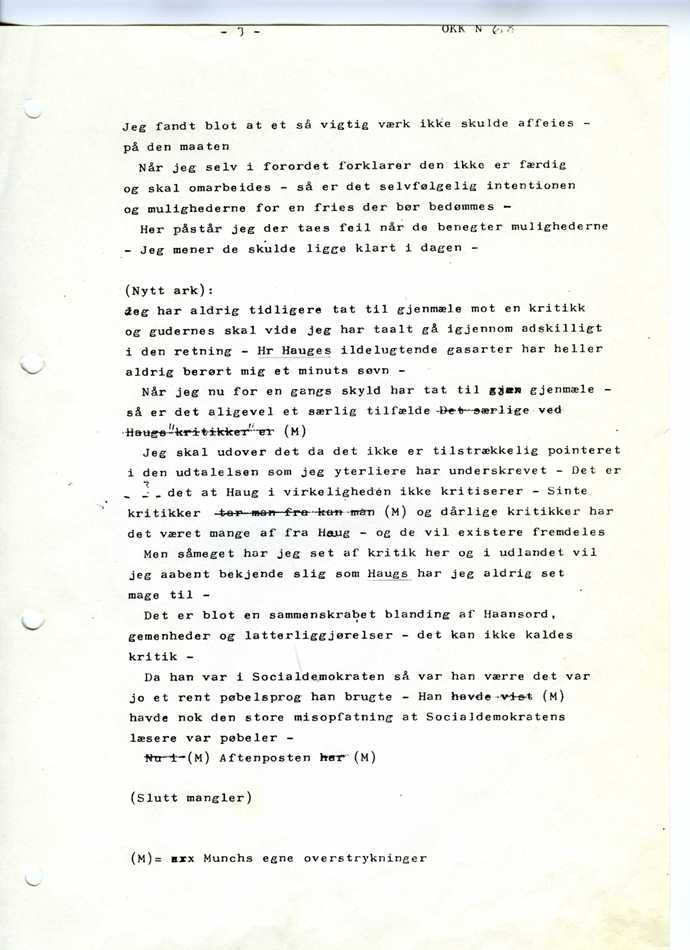
Jeg fandt blot at et så vigtig værk ikke skulde affeies
– på den maaten
Når jeg selv i forordet forklarer den ikke er færdig
og skal omarbeides – så er det selvfølgelig intentionen
og mulighederne for en fries der bør bedømmes
– Her påstår jeg der taes feil når de benegter mulighederne
– Jeg mener de skulde ligge klart i dagen
– Jeg har aldrig tidligere tat til gjenmæle mot en kritikk
og gudernes skal vide jeg har taalt gå igjennom adskilligt
i den retning – Hr Hauges ildelugtende gasarter har heller
aldrig berørt mig et minuts søvn
– Når jeg nu for en gangs skyld har tat til gjenmæle –
så er det aligevel et særlig tilfælde Det særlige ved
Jeg skal udover det da det ikke er tilstrækkelig pointeret
i den udtalelsen som jeg yterliere har underskrevet – Det er
det at Haug i virkeligheden ikke kritiserer – Sinte
kritikker tar man fra kan man og dårlige kritikker har
det været mange af fra Haug – og de vil existere fremdeles
Men såmeget har jeg set af kritik her og i udlandet vil
jeg aabent bekjende slig som Haugs har jeg aldrig set
mage til
– Det er blot en sammenskrabet blanding af Haansord,
gemenheder og latterliggjørelser – det kan ikke kaldes
kritik –
Da han var i Socialdemokraten så var han værre det var
havde nok den store misopfatning at Socialdemokratens
læsere var pøbeler –